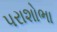
પરાશોભા